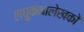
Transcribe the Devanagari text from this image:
लघुकथालेखकों